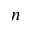
n